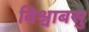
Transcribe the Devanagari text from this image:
विश्वाबसु